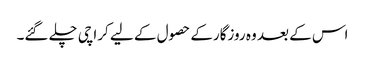
اس کے بعد وہ روزگارکے حصول کے لیے کراچی چلے گئے۔